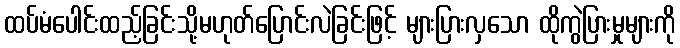
ထပ်မံပေါင်းထည့်ခြင်းသို့မဟုတ်ပြောင်းလဲခြင်းဖြင့် များပြားလှသော ထိုကွဲပြားမှုများကို